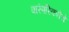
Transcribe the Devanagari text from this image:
पारंपरिकतेचे